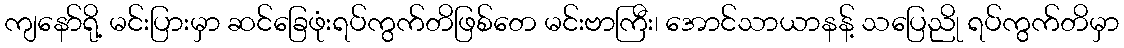
ကျနော်ရို့ မင်းပြားမှာ ဆင်ခြေဖုံးရပ်ကွက်တိဖြစ်တေ မင်းဗာကြီး၊ အောင်သာယာနန့် သပြေညို ရပ်ကွက်တိမှာ